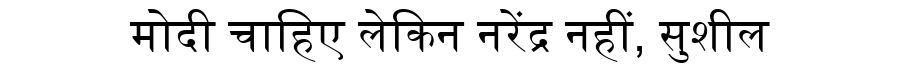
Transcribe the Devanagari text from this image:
मोदी चाहिए लेकिन नरेंद्र नहीं, सुशील